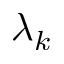
\lambda _ { k }